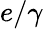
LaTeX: e/\gamma